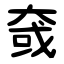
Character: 㚜